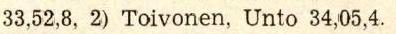
33,52,8, 2) Toivonen, Unto 34,05,4.